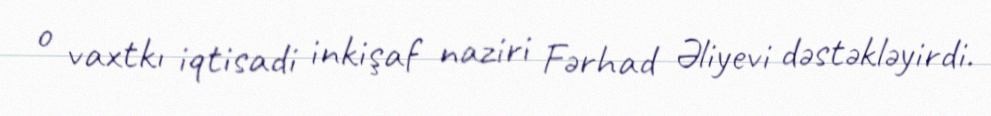
o vaxtkı iqtisadi inkişaf naziri Fərhad Əliyevi dəstəkləyirdi.